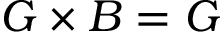
G \times B = G